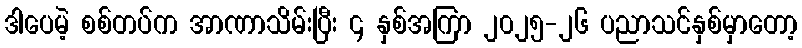
ဒါပေမဲ့ စစ်တပ်က အာဏာသိမ်းပြီး ၄ နှစ်အကြာ ၂၀၂၅-၂၆ ပညာသင်နှစ်မှာတော့